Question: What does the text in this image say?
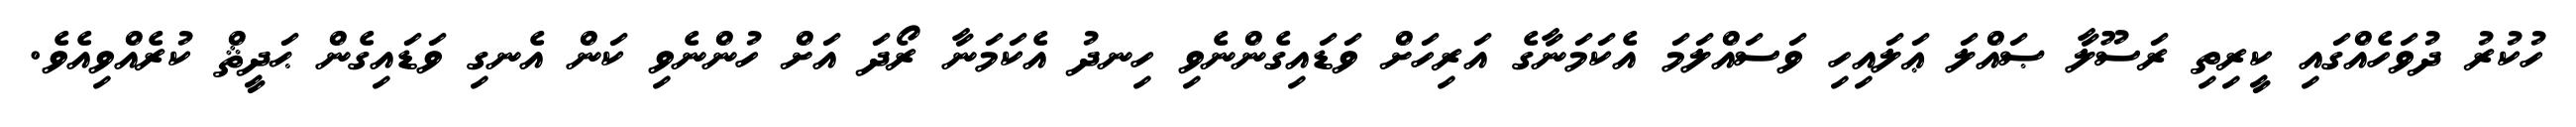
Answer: ހުކުރު ދުވަހެއްގައި ކީރިތި ރަސޫލާ ޞައްލަ ޢަލައިހި ވަސައްލަމަ އެކަމަނާގެ އަރިހަށް ވަޑައިގެންނެވި ހިނދު އެކަމަނާ ރޯދަ އަށް ހުންނެވި ކަން އެނގި ވަޑައިގެން ޙަދީޘް ކުރެއްވިއެވެ.